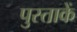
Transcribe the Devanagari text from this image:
पुस्ताकें